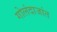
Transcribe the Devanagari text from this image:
गोलंदाजांत